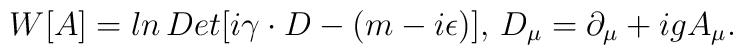
W[A]=ln\, Det[i\gamma\cdot D-(m-i\epsilon)],\,D_\mu=\partial_\mu +igA_\mu.